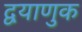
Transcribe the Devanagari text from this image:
द्वयाणुक